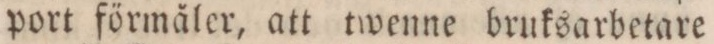
port förmåler, att twenne bruksarbetare